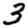
Digit: 3